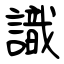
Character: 識